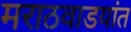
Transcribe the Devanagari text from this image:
मराठवाडयांत